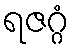
ရဇဂ္ဂံ